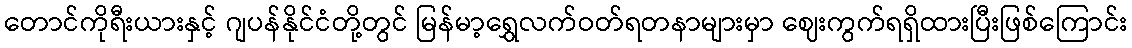
တောင်ကိုရီးယားနှင့် ဂျပန်နိုင်ငံတို့တွင် မြန်မာ့ရွှေလက်ဝတ်ရတနာများမှာ ဈေးကွက်ရရှိထားပြီးဖြစ်ကြောင်း